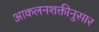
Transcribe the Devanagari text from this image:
आकलनशक्तीनुसार